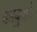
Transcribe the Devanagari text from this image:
काबुतरे